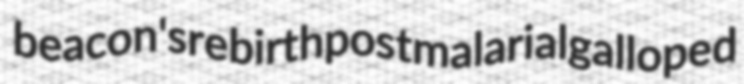
beacon's rebirth postmalarial galloped